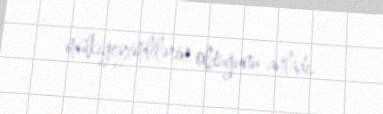
mülkigeyimlilərin olduğunu anladı.